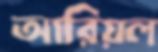
আরিয়ল